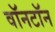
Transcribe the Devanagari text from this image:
वॉनटॉन